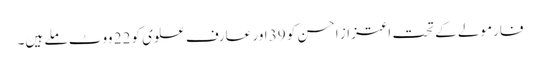
فارمولے کے تحت اعتزاز احسن کو 39 اور عارف علوی کو 22 ووٹ ملے ہیں۔